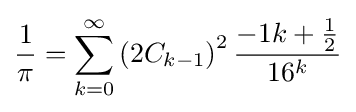
{\frac {1}{\pi }}=\sum _{k=0}^{\infty }\left(2C_{k-1}\right)^{2}{\frac {-1k+{\frac {1}{2}}}{16^{k}}}